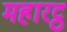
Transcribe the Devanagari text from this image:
महारट्ठ